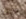
ضيفة